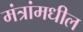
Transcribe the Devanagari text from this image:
मंत्रांमधील